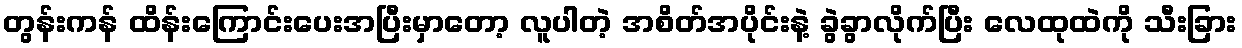
တွန်းကန် ထိန်းကြောင်းပေးအပြီးမှာတော့ လူပါတဲ့ အစိတ်အပိုင်းနဲ့ ခွဲခွာလိုက်ပြီး လေထုထဲကို သီးခြား